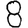
Digit: 8